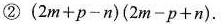
②$$( 2 m + p - n ) ( 2 m - p + n )$$.